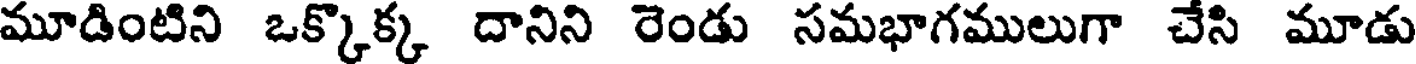
మూడింటిని ఒక్కొక్క దానిని రెండు సమభాగములుగా చేసి మూడు